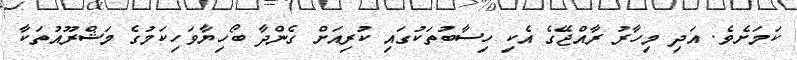
ކަމަށެވެ. އަދި މިހާރު ރާއްޖޭގެ އެކި ހިސާބުތަކުގައި ކުރިއަށް ގެންދާ ބޯހިޔާވަހިކަމުގެ މަޝްރޫއުތަކާ